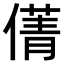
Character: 𠎐